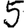
Digit: 5